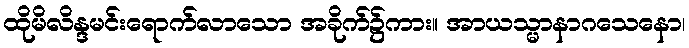
ထိုမိလိန္ဒမင်းရောက်လာသော အခိုက်၌ကား။ အာယသ္မာနာဂသေနော၊